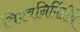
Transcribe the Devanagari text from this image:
विश्वनिर्मितीचे